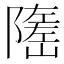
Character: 𡽃